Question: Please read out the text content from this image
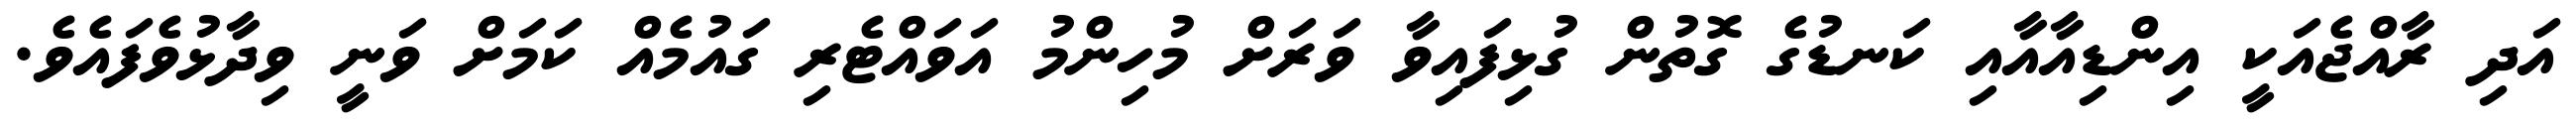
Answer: އަދި ރާއްޖެއަކީ އިންޑިއާއާއި ކަނޑުގެ ގޮތުން ގުޅިފައިވާ ވަރަށް މުހިންމު އަވައްޓެރި ގައުމެއް ކަމަށް ވަނީ ވިދާޅުވެފައެވެ.